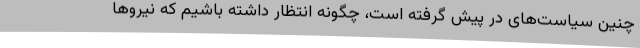
چنین سیاست‌های در پیش گرفته است، چگونه انتظار داشته باشیم که نیروها